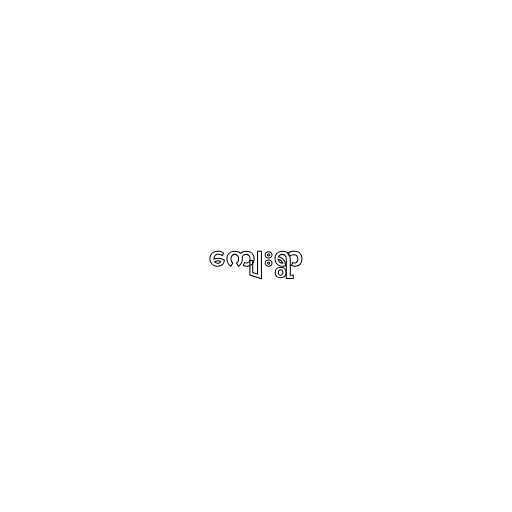
ကျေးရွာ